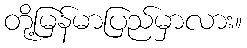
တို့မြန်မာပြည်မှာလား။